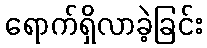
ရောက်ရှိလာခဲ့ခြင်း